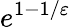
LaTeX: e^{1-1/\varepsilon}